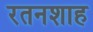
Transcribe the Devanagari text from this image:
रतनशाह